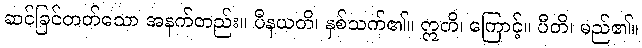
ဆင်ခြင်တတ်သော အနက်တည်း။ ပီနယတိ၊ နှစ်သက်၏။ ဣတိ၊ ကြောင့်။ ပီတိ၊ မည်၏။